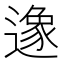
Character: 𨖶